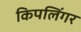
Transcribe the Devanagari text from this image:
किपलिंगर